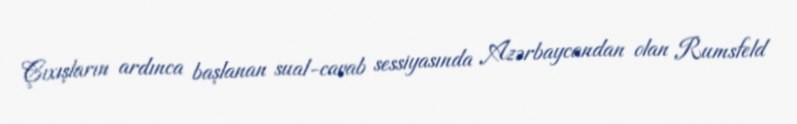
Çıxışların ardınca başlanan sual-cavab sessiyasında Azərbaycandan olan Rumsfeld